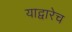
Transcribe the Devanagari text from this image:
याद्वारेच